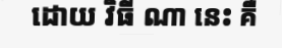
ដោយ វិធី ណា នេះ គឺ